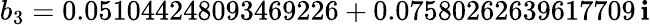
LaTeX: b_{3}=0.051044248093469226+0.07580262639617709\, \mathbf{i}